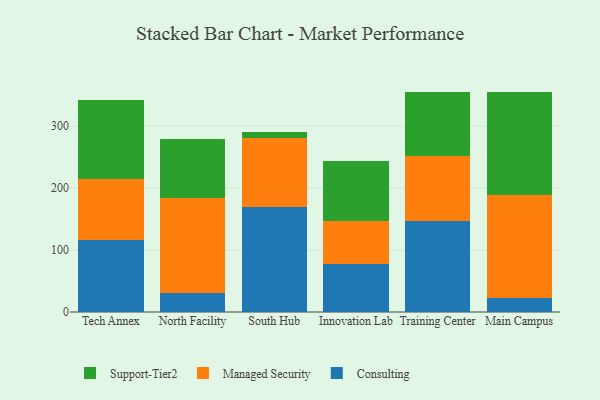
{"axis": {"x": "Campus", "y": "Energy Usage (MWh)"}, "legend": ["Consulting", "Managed Security", "Support-Tier2"], "data": [{"x": "Tech Annex", "y": 116.6, "type": "Consulting"}, {"x": "Tech Annex", "y": 97.5, "type": "Managed Security"}, {"x": "Tech Annex", "y": 128.0, "type": "Support-Tier2"}, {"x": "North Facility", "y": 31.2, "type": "Consulting"}, {"x": "North Facility", "y": 153.2, "type": "Managed Security"}, {"x": "North Facility", "y": 94.7, "type": "Support-Tier2"}, {"x": "South Hub", "y": 169.0, "type": "Consulting"}, {"x": "South Hub", "y": 111.7, "type": "Managed Security"}, {"x": "South Hub", "y": 9.2, "type": "Support-Tier2"}, {"x": "Innovation Lab", "y": 78.0, "type": "Consulting"}, {"x": "Innovation Lab", "y": 69.4, "type": "Managed Security"}, {"x": "Innovation Lab", "y": 95.9, "type": "Support-Tier2"}, {"x": "Training Center", "y": 147.2, "type": "Consulting"}, {"x": "Training Center", "y": 104.3, "type": "Managed Security"}, {"x": "Training Center", "y": 104.3, "type": "Support-Tier2"}, {"x": "Main Campus", "y": 21.9, "type": "Consulting"}, {"x": "Main Campus", "y": 167.8, "type": "Managed Security"}, {"x": "Main Campus", "y": 166.2, "type": "Support-Tier2"}]}